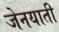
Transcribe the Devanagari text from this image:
जेनयाती